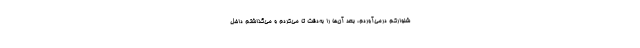
شلوارکم درمی‌آوردم، بعد آن‌ها را به‌دقت تا می‌کردم و می‌گذاشتم داخل